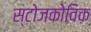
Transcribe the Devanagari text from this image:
स्टोजकोविक